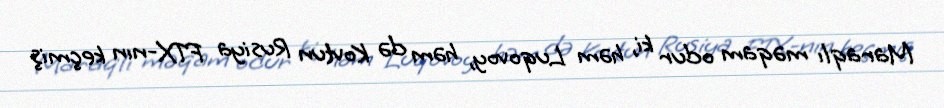
Maraqlı məqam odur ki, həm Luqovoy, həm də Kovtun Rusiya FTX-nın keçmiş